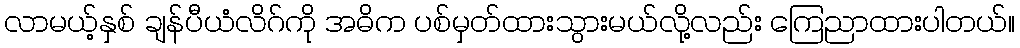
လာမယ့်နှစ် ချန်ပီယံလိဂ်ကို အဓိက ပစ်မှတ်ထားသွားမယ်လို့လည်း ကြေညာထားပါတယ်။